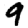
Digit: 9